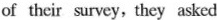
of their survey, they asked